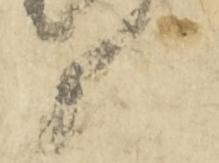
候